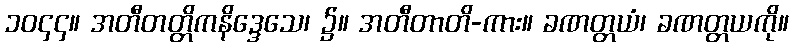
၁၀၄၄။ အတီတတ္တိကနိဒ္ဒေသေ၊ ၌။ အတီတာတိ-ကား။ ခဏတ္တယံ၊ ခဏတ္တယကို။